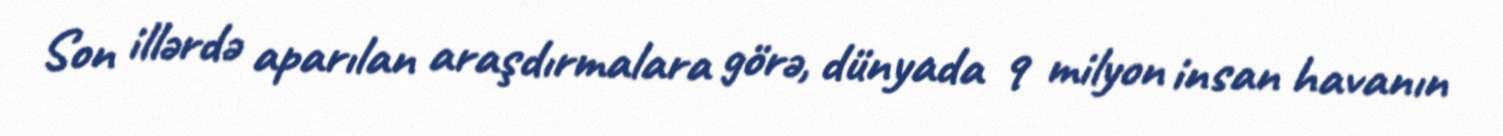
Son illərdə aparılan araşdırmalara görə, dünyada 9 milyon insan havanın